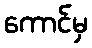
ကောင်မှ